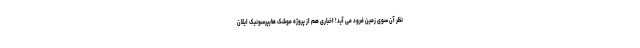
نظر آن سوی زمین فرود می آید! اخباری هم از پروژه موشک هایپرسونیک ایلان